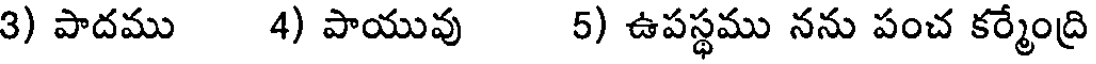
3) పాదము 4) పాయువు 5) ఉపస్థము నను పంచ కర్మేంద్రి